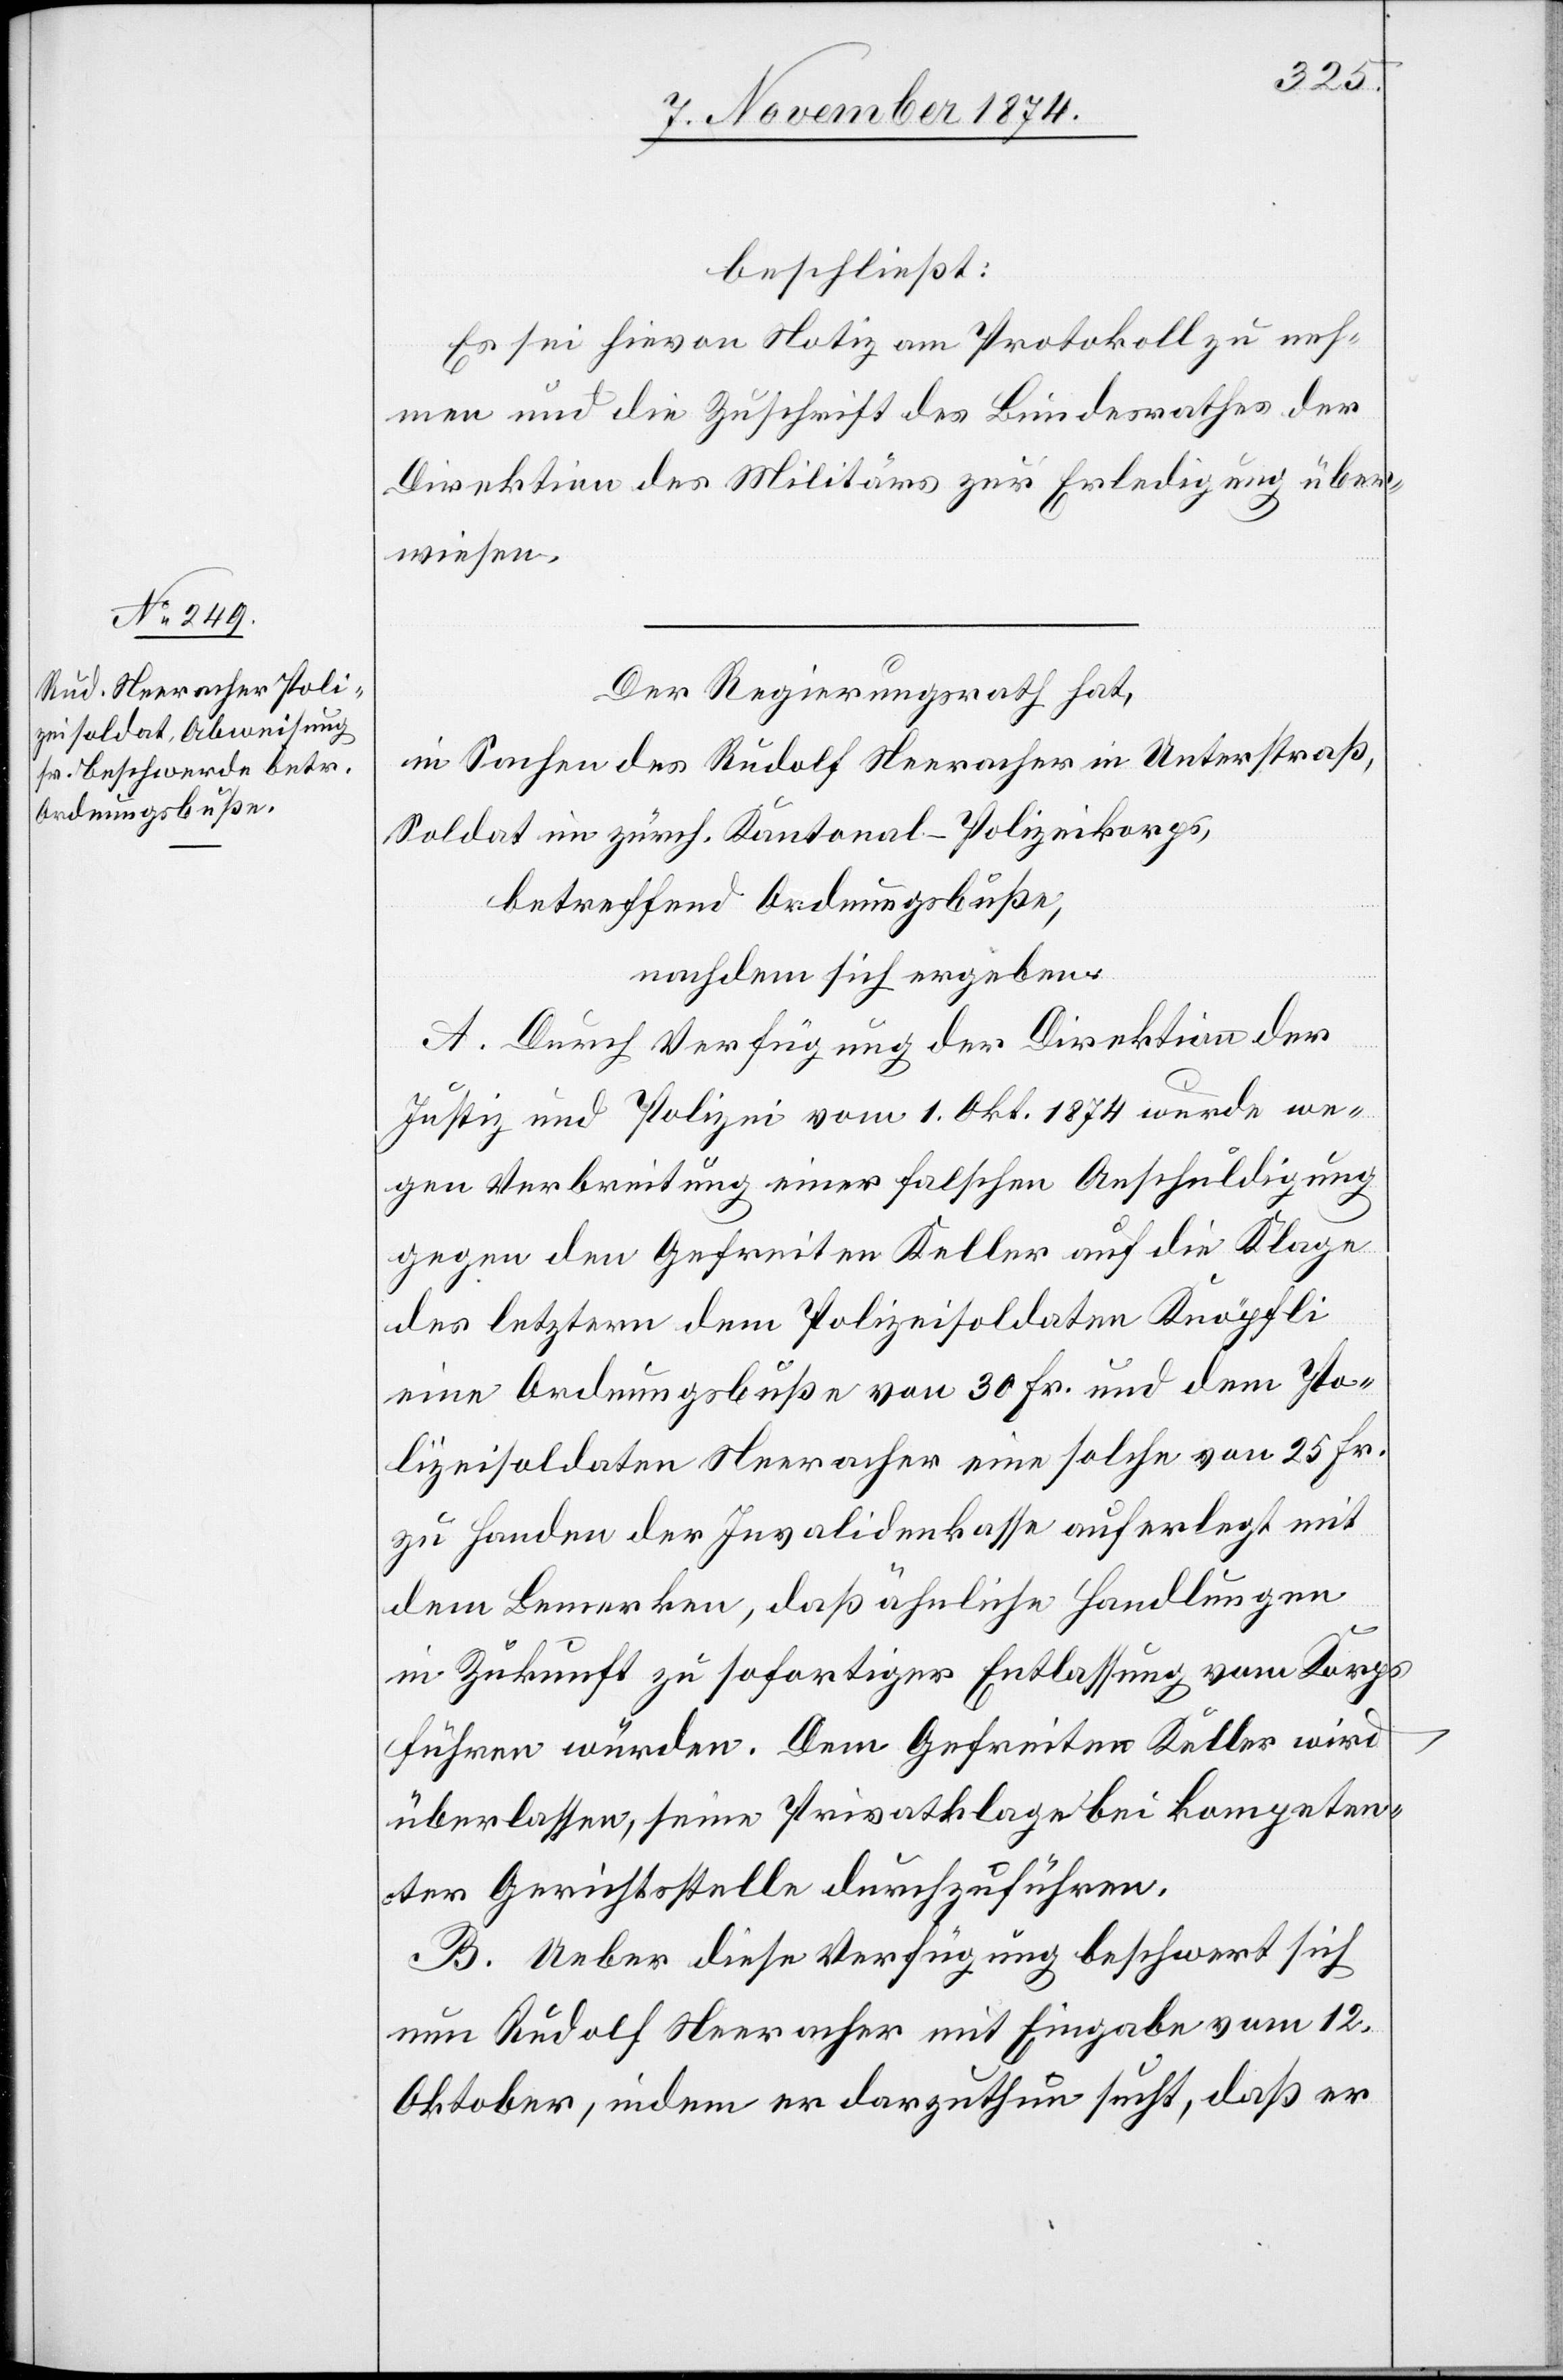
beschließt:
Es sei hievon Notiz am Protokoll zu neh¬
men und die Zuschrift des Bundesrathes der
Direktion des Militärs zur Erledigung über¬
wiesen.
Der Regierungsrath hat,
in Sachen des Rudolf Neeracher in Unterstraß,
Soldat im zürch. Kantonal-Polizeikorps,
betreffend Ordnungsbuße,
nachdem sich ergeben:
A. Durch Verfügung der Direktion der
Justiz und Polizei vom 1. Okt. 1874 wurde we¬
gen Verbreitung einer falschen Anschuldigung
gegen den Gefreiten Keller auf die Klage
des letztern dem Polizeisoldaten Knöpfli
eine Ordnungsbuße von 30 Fr. und dem Po¬
lizeisoldaten Neeracher eine solche von 25 Fr.
zu Handen der Invalidenkasse auferlegt mit
dem Bemerken, daß ähnliche Handlungen
in Zukunft zu sofortiger Entlassung vom Korps
führen würden. Dem Gefreiten Keller wird
überlassen, seine Privatklage bei kompeten¬
ter Gerichtsstelle durchzuführen.
B. Ueber diese Verfügung beschwert sich
nun Rudolf Neeracher mit Eingabe vom 12.
Oktober, indem er darzutun sucht, daß er